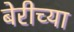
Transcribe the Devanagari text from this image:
बेरीच्या